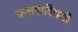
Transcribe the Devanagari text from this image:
कसबाविषयी